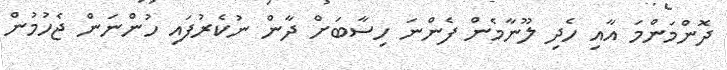
ދޮންމަންމަ އާއި ހެދި ލޫނާމެން ފެންނަ ހިސާބަށް ދާން ނުކެރުފައި ހުންނަން ޖެހުމުން